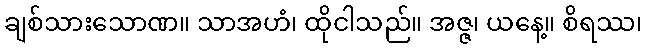
ချစ်သားသောဏ။ သာအဟံ၊ ထိုငါသည်။ အဇ္ဇ၊ ယနေ့။ စိရဿ၊